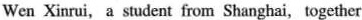
Wen Xinrui, a student from Shanghai,together